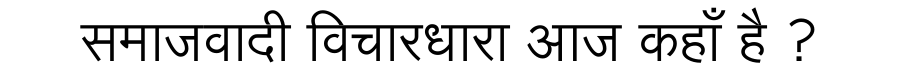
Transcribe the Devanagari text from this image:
समाजवादी विचारधारा आज कहाँ है ?